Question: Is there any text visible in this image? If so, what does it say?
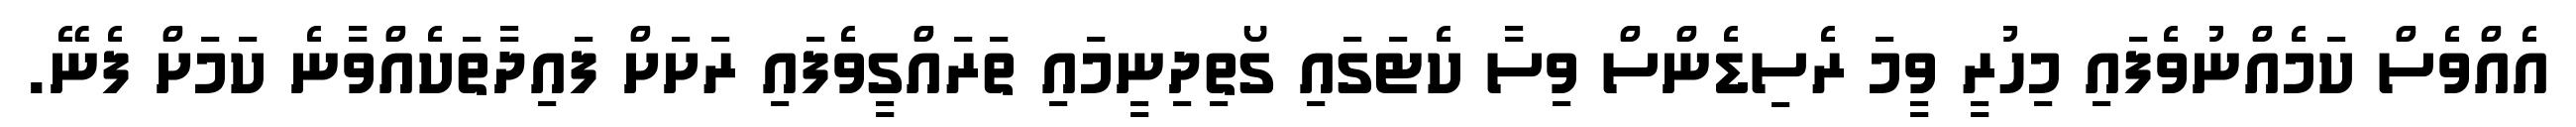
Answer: އެއްވެސް ކަމެއްނުވެފައި މިހުރީ ވީމަ ރެސިޑެންސް ވިސާ ކެޓަގައި ގޯތިދިނީމައި ތަރައްގީވެފައި ރަށަށް ފައިދާތަކެއްވާނެ ކަމަށް ފެނޭ.